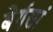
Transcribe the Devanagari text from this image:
बेर्गसां